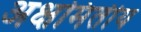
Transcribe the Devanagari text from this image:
अक्षमितीय